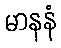
မာနနံ